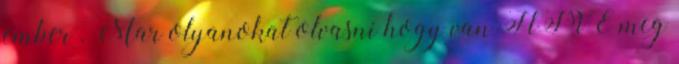
ember . Mar olyanokat olvasni hogy van HÍVE meg